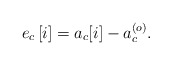
\begin{align*} e_c\left[i\right]=a_c{\left[i\right]}-a_c^{\left(o\right)}.\end{align*}